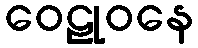
ဝေဠုဝနေ